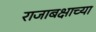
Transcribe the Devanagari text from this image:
राजाबक्षाच्या